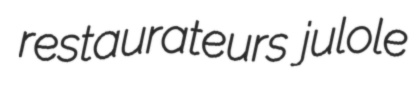
restaurateurs julole